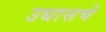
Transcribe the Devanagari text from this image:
उधासचे